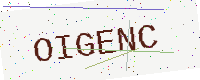
Text: OIGENC